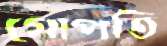
গোপতি